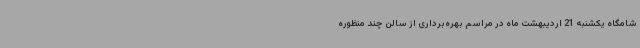
شامگاه یکشنبه 21 اردیبهشت ماه در مراسم بهره‌برداری از سالن چند منظوره